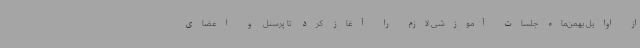
از اوایل بهمن‌ماه جلسات آموزشی لازم را آغاز کرد تا پرسنل و اعضای